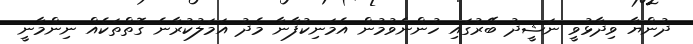
ދުންޔާ ވިދާޅުވީ ނަޝީދު ބޭރުގައި ހުންނެވުމުން އެމަނިކުފާނާ މެދު އަމަލުކުރާނެ ގޮތްތަކެއް ނިންމާނީ